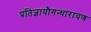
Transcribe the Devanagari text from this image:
प्रतिज्ञायौगन्धारायण